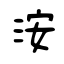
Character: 洝